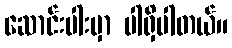
ဆောင်းပါးမှာ ပါရှိပါတယ်။